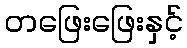
တဖြေးဖြေးနှင့်